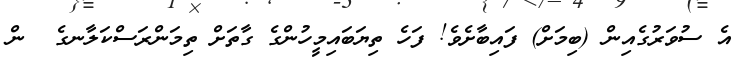
އެ ސުވަރުގެއިން (ބިމަށް) ފައިބާށެވެ! ފަހެ ތިޔަބައިމީހުންގެ ގާތަށް ތިމަންރަސްކަލާނގެ  ން